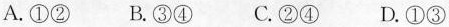
A.①② B.③④ C.②④ D.①③